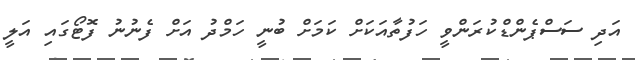
އަދި ސަސްޕެންޑްކުރަންވީ ހަފުތާއަކަށް ކަމަށް ބުނީ ހަމްދު އަށް ފެނުނު ފޮޓޯގައި އަލީ